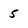
Character: 5